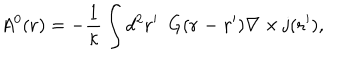
LaTeX: A ^ { 0 } ( { \bf r } ) = - \frac { 1 } { \kappa } \int d ^ { 2 } { \bf { r ^ { \prime } } } ~ ~ G ( { \bf r - r ^ { \prime } } ) { \bf \nabla } \times { \bf { j } } ( { \bf { r ^ { \prime } } } ) ,